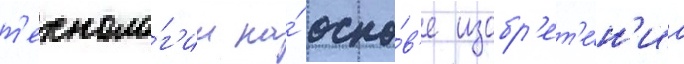
т'ехноло́г'ии на́ осно́в'е изобр'ет'е́н'иа